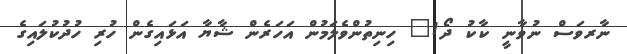
ނާރވަސް ނުވާނީ ކާކު ދޯ!" ހިނިތުންވެލަމުން އަަހަރެން ޝާޔާ އަޅައިގެން ހުރި ހުދުކުލައިގެ